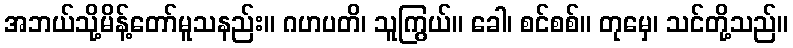
အဘယ်သို့မိန့်တော်မူသနည်း။ ဂဟပတိ၊ သူကြွယ်။ ခေါ၊ စင်စစ်။ တုမှေ၊ သင်တို့သည်။